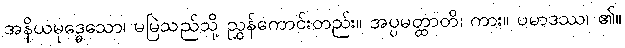
အနိယမုဒ္ဓေသော၊ မမြဲသည်သို့ ညွှန်ကောင်းတည်း။ အပ္ပမတ္ထာတိ၊ ကား။ ပမာဒဿ၊ ၏။